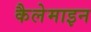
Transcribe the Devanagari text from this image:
कैलेमाइन